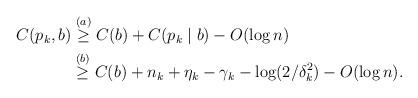
LaTeX: \begin{align*}C(p_k, b) & \stackrel{(a)}{\geq} C(b) + C(p_k\mid b) - O(\log n) \\& \stackrel{(b)}{\geq} C(b) + n_k + \eta_k - \gamma_k - \log(2/\delta^2_k) - O(\log n).\end{align*}